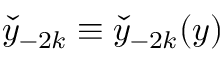
\check { y } _ { - 2 k } \equiv \check { y } _ { - 2 k } ( y )